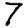
Digit: 7